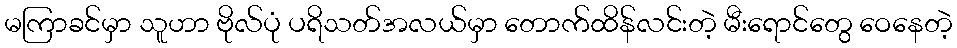
မကြာခင်မှာ သူဟာ ဗိုလ်ပုံ ပရိသတ်အလယ်မှာ တောက်ထိန်လင်းတဲ့ မီးရောင်တွေ ဝေနေတဲ့